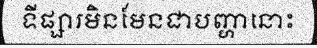
ទីផ្សារមិនមែនជាបញ្ហានោះ